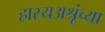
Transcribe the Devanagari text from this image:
हास्यअश्रूंच्या